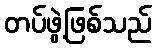
တပ်ဖွဲ့ဖြစ်သည်